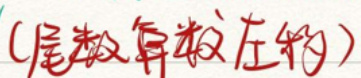
(尾数复数左移)